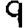
Digit: 9